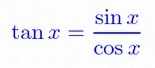
\tan x=\frac{\sin x}{\cos x}